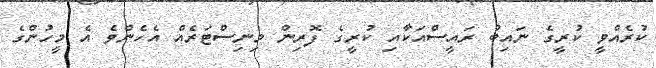
ކުރެއްވީ ކުރީގެ ނައިބު ރައީސްއަކާއި ކުރީގެ ފޮރިން މިނިސްޓަރެއް އެހެންވެ އެ މީހުންގެ